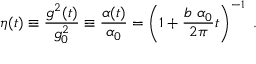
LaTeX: \eta ( t ) \equiv { \frac { g ^ { 2 } ( t ) } { g _ { 0 } ^ { 2 } } } \equiv { \frac { \alpha ( t ) } { \alpha _ { 0 } } } = \left( 1 + { \frac { b ~ \alpha _ { 0 } } { 2 \pi } } t \right) ^ { - 1 } ~ .